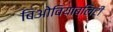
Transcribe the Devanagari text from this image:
बिओवियाब्लिटी